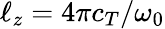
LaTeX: \ell_{z}=4\pi c_{T}/\omega_{0}